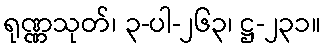
ရုဏ္ဏသုတ်၊ ၃-ပါ-၂၆၃၊ ဋ္ဌ-၂၃၁။